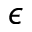
\epsilon